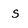
Character: S